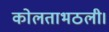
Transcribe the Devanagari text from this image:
कोलताभठली।